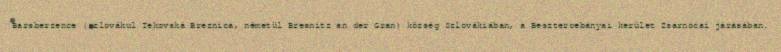
Barsberzence (szlovákul Tekovská Breznica, németül Bresnitz an der Gran) község Szlovákiában, a Besztercebányai kerület Zsarnócai járásában.